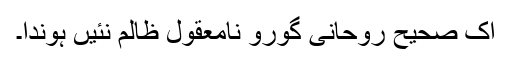
اک صحیح روحانی گورو نامعقول ظالم نئیں ہوندا۔